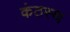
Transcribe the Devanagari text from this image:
कंठस्‍थ